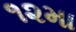
૧૨મા